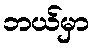
ဘယ်မှာ